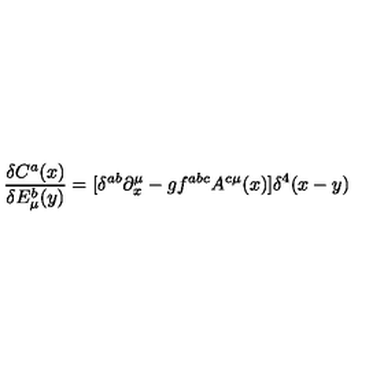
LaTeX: \frac { \delta C ^ { a } ( x ) } { \delta E _ { \mu } ^ { b } ( y ) } = [ \delta ^ { a b } \partial _ { x } ^ { \mu } - g f ^ { a b c } A ^ { c \mu } ( x ) ] \delta ^ { 4 } ( x - y )